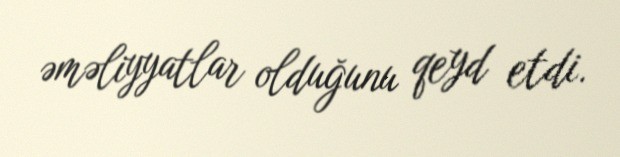
əməliyyatlar olduğunu qeyd etdi.